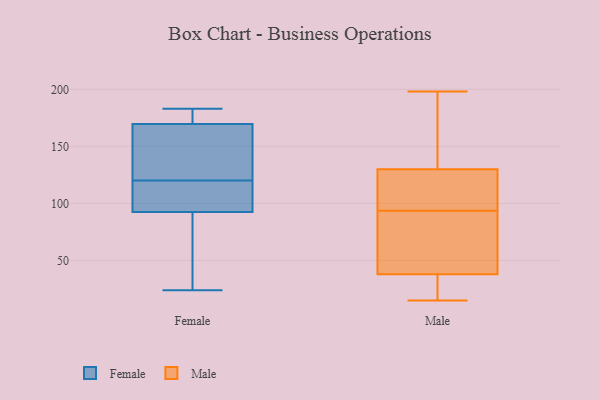
{"axis": {"x": "Waste Production (Tons)", "y": "Value"}, "legend": ["Female", "Male"], "data": [{"x": "", "y": 164, "type": "Female"}, {"x": "", "y": 110, "type": "Female"}, {"x": "", "y": 117, "type": "Female"}, {"x": "", "y": 183, "type": "Female"}, {"x": "", "y": 110, "type": "Female"}, {"x": "", "y": 89, "type": "Female"}, {"x": "", "y": 96, "type": "Female"}, {"x": "", "y": 42, "type": "Female"}, {"x": "", "y": 179, "type": "Female"}, {"x": "", "y": 175, "type": "Female"}, {"x": "", "y": 81, "type": "Female"}, {"x": "", "y": 131, "type": "Female"}, {"x": "", "y": 24, "type": "Female"}, {"x": "", "y": 133, "type": "Female"}, {"x": "", "y": 123, "type": "Female"}, {"x": "", "y": 177, "type": "Female"}, {"x": "", "y": 197, "type": "Male"}, {"x": "", "y": 36, "type": "Male"}, {"x": "", "y": 49, "type": "Male"}, {"x": "", "y": 102, "type": "Male"}, {"x": "", "y": 198, "type": "Male"}, {"x": "", "y": 160, "type": "Male"}, {"x": "", "y": 71, "type": "Male"}, {"x": "", "y": 85, "type": "Male"}, {"x": "", "y": 38, "type": "Male"}, {"x": "", "y": 15, "type": "Male"}, {"x": "", "y": 17, "type": "Male"}, {"x": "", "y": 119, "type": "Male"}, {"x": "", "y": 130, "type": "Male"}, {"x": "", "y": 113, "type": "Male"}]}